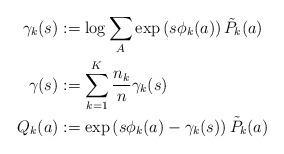
LaTeX: \begin{align*}\gamma_k(s) &:= \log \sum_A \exp\left(s \phi_k(a)\right) \tilde{P}_k(a) \\\gamma(s) &:= \sum_{k=1}^K \frac{n_k}{n} \gamma_k(s) \\Q_k(a) &:= \exp\left(s \phi_k(a) - \gamma_k(s)\right) \tilde{P}_k(a)\end{align*}